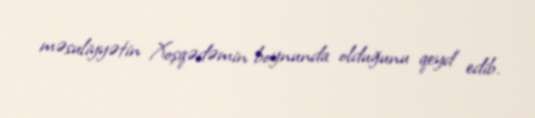
məsuliyyətin Xoşqədəmin boynunda olduğunu qeyd edib.